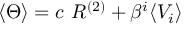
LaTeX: \langle \Theta \rangle = c ~ R ^ { ( 2 ) } + \beta ^ { i } \langle V _ { i } \rangle